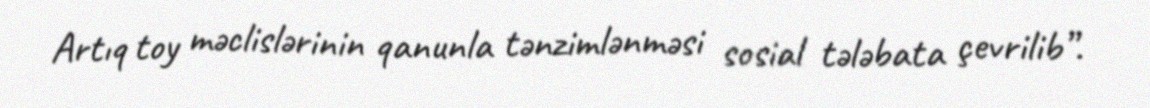
Artıq toy məclislərinin qanunla tənzimlənməsi sosial tələbata çevrilib”.